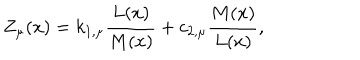
Z _ { \mu } ( x ) = k _ { 1 , \mu } \frac { L ( x ) } { M ( x ) } + c _ { 2 , \mu } \frac { M ( x ) } { L ( x ) } ,